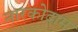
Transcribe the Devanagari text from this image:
नारकोदाम